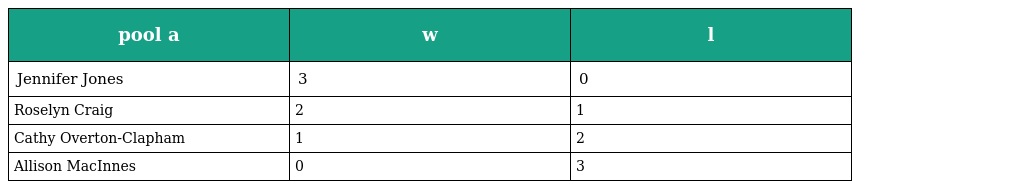
| pool a | w | l |
 | --- | --- | --- |
 | Jennifer Jones | 3 | 0 |
 | Roselyn Craig | 2 | 1 |
 | Cathy Overton-Clapham | 1 | 2 |
 | Allison MacInnes | 0 | 3 |